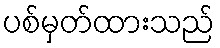
ပစ်မှတ်ထားသည်